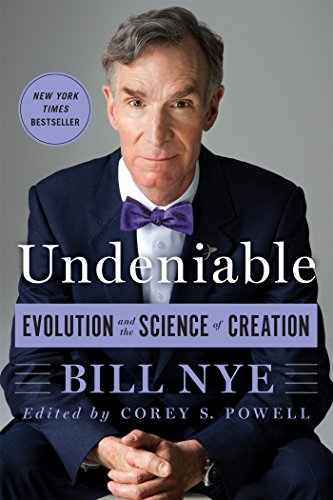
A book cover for Undeniable: Evolution and the Science of Creation; Bill Nye; Science & Math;